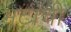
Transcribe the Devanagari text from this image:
भटांची